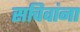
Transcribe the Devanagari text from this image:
सचिवांना